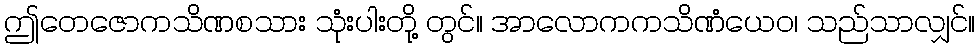
ဤတေဇောကသိဏစသား သုံးပါးတို့ တွင်။ အာလောကကသိဏံယေဝ၊ သည်သာလျှင်။